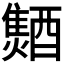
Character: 𨣐